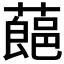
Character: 𮑛